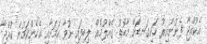
އެކުއްޖާ ފެނުނުއިރު ހަށިގަނޑަށް މާބޮޑު ގެއްލުމެއް ލިބިފައި ނުވާ ކަމަށާއި އެހެންކަމުން ކުއްޖާ